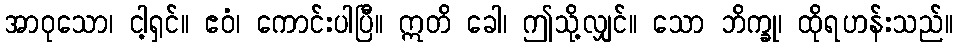
အာဝုသော၊ ငါ့ရှင်။ ဧဝံ၊ ကောင်းပါပြီ။ ဣတိ ခေါ၊ ဤသို့လျှင်။ သော ဘိက္ခု၊ ထိုရဟန်းသည်။